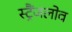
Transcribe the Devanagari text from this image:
स्ट्रैंजलोव